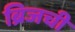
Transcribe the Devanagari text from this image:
ब्रिजची